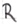
Text: R